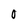
Character: O